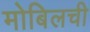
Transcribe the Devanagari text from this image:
मोबिलची